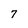
Character: 7